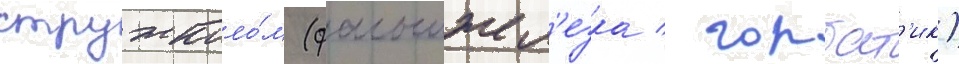
стружколо́м (фальшжел'езка / горбат'ик)